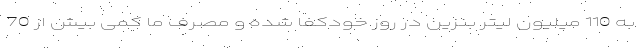
به 110 میلیون لیتر بنزین در روز خودکفا شده و مصرف ما کمی بیش از 70